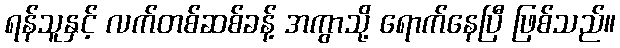
ရန်သူနှင့် လက်တစ်ဆစ်ခန့် အကွာသို့ ရောက်နေပြီ ဖြစ်သည်။